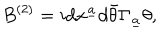
B ^ { ( 2 ) } = i d x ^ { \underline { { a } } } d \bar { \theta } \Gamma _ { \underline { { a } } } \theta ,